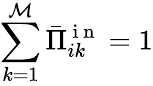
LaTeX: \sum_{k=1}^{\mathcal{M}}\bar{{\Pi}}_{ik}^{\mathrm{{~i~n~}}}=1